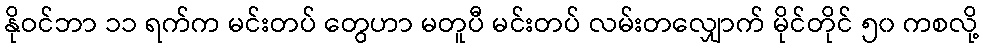
နိုဝင်ဘာ ၁၁ ရက်က မင်းတပ် တွေဟာ မတူပီ မင်းတပ် လမ်းတလျှောက် မိုင်တိုင် ၅၀ ကစလို့